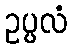
ဥပ္ပလံ